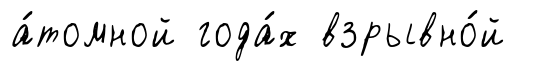
а́томной года́х взрывно́й